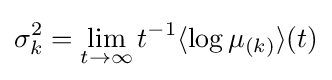
\mathbf {\sigma } _{k}^{2}=\lim _{t\to \infty }t^{-1}\langle \log \mu _{(k)}\rangle (t)